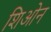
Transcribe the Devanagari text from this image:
शिओन